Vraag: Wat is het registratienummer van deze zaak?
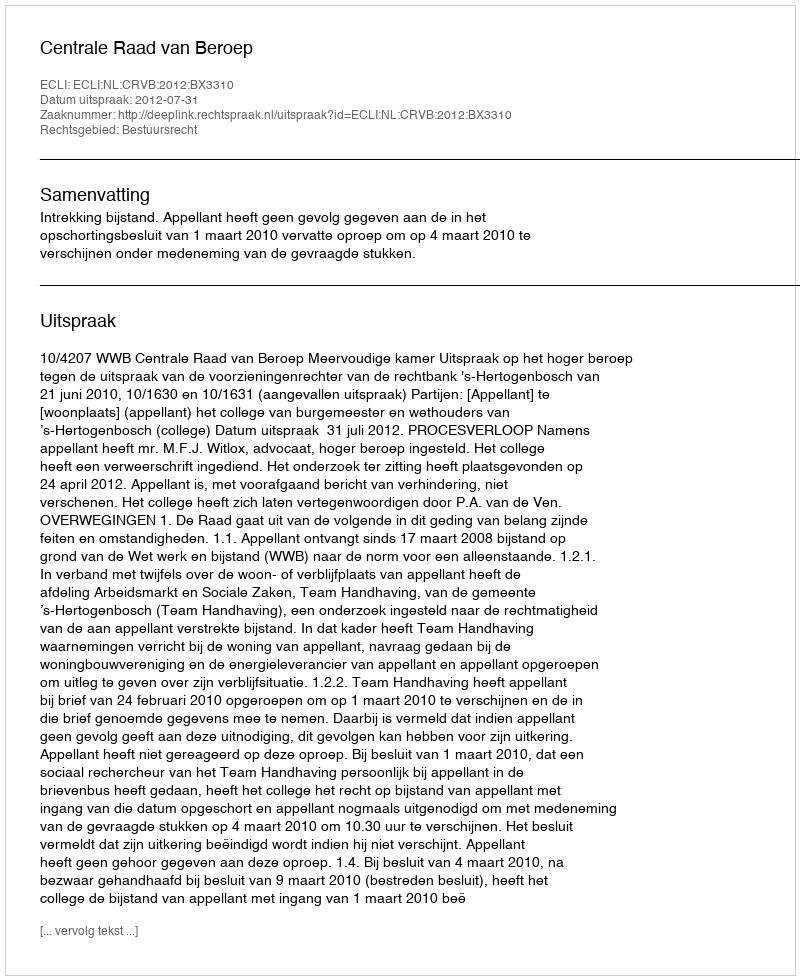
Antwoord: http://deeplink.rechtspraak.nl/uitspraak?id=ECLI:NL:CRVB:2012:BX3310